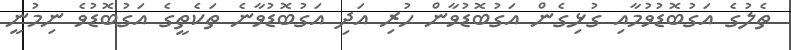
ތެލުގެ އަގުބޮޑުވުމާއި ގުޅިގެން އަގުބޮޑުވާން ހުރި އަދި އަގުބޮޑުވާނެ ތަކެތީގެ އަގުބޮޑުވެ ނިމުނީ